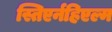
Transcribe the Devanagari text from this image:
स्तिएर्नहिएल्म